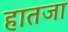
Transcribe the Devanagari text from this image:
हातजा